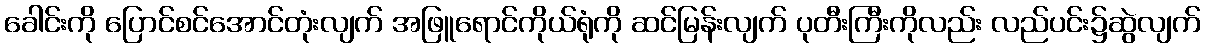
ခေါင်းကို ပြောင်စင်အောင်တုံးလျက် အဖြူရောင်ကိုယ်ရုံကို ဆင်မြန်းလျက် ပုတီးကြီးကိုလည်း လည်ပင်း၌ဆွဲလျက်